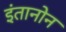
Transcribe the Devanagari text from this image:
इंतानोन